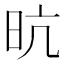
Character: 𭥙